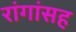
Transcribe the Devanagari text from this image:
रांगांसह